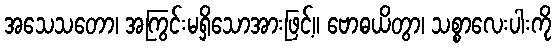
အသေသတော၊ အကြွင်းမရှိသောအားဖြင့်။ ဗောဓယိတွာ၊ သစ္စာလေးပါးကို